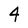
Character: 4